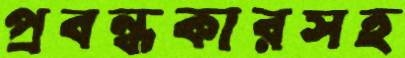
প্রবন্ধকারসহ